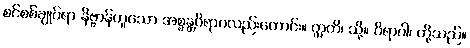
စင်စစ်ချုပ်ရာ နိဗ္ဗာန်ဟူသော အစ္စန္တဝိရာဂလည်းကောင်း။ ဣတိ၊ သို့။ ဝိရာဂါ၊ တို့သည်။